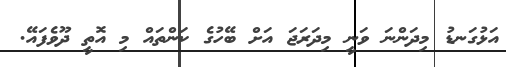
އަޅުގަނޑު މިދަންނަ ވަނީ މިދަރަޖަ އަށް ބޭހުގެ ކަންތައް މި އޮތީ ދޫވެފައޭ.